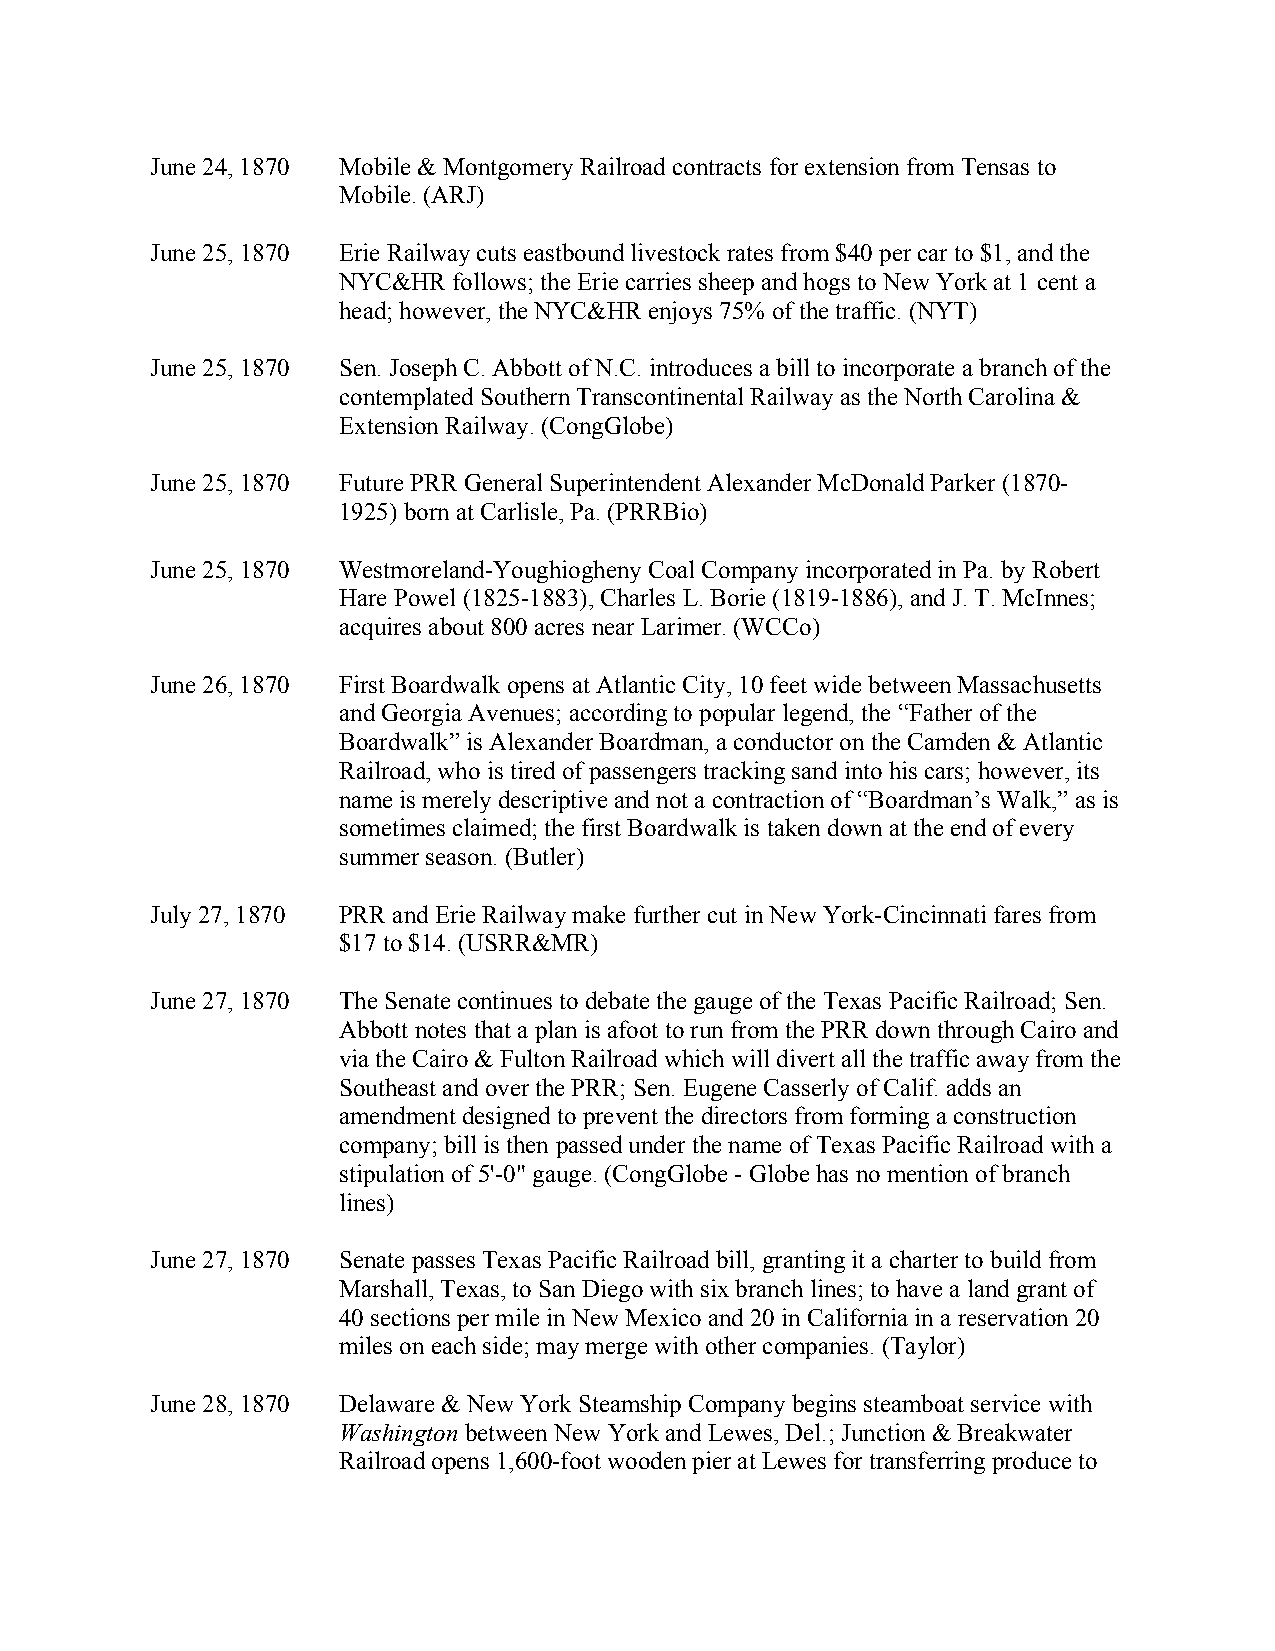
June 24, 1870 Mobile & Montgomery Railroad contracts for extension from Tensas to
 Mobile. (ARJ)
 June 25, 1870 Erie Railway cuts eastbound livestock rates from $40 per car to $1, and the
 NYC&HR  follows; the Erie carries sheep and hogs to New York at 1 cent a
 head; however, the NYC&HR enjoys 75% of the traffic. (NYT)
 June 25, 1870 Sen. Joseph C. Abbott of N.C. introduces a bill to incorporate a branch of the
 contemplated Southern Transcontinental Railway as the North Carolina &
 Extension Railway. (CongGlobe)
 June 25, 1870 Future PRR General Superintendent Alexander McDonald Parker (1870-
 1925) born at Carlisle, Pa. (PRRBio)
 June 25, 1870 Westmoreland-Youghiogheny Coal Company incorporated in Pa. by Robert
 Hare Powel (1825-1883), Charles L. Borie (1819-1886), and J. T. McInnes;
 acquires about 800 acres near Larimer. (WCCo)
 June 26, 1870 First Boardwalk opens at Atlantic City, 10 feet wide between Massachusetts
 and Georgia Avenues; according to popular legend, the “Father of the
 Boardwalk” is Alexander Boardman, a conductor on the Camden & Atlantic
 Railroad, who is tired of passengers tracking sand into his cars; however, its
 name is merely descriptive and not a contraction of “Boardman’s Walk,” as is
 sometimes claimed; the first Boardwalk is taken down at the end of every
 summer season. (Butler)
 July 27, 1870 PRR and Erie Railway make further cut in New York-Cincinnati fares from
 $17 to $14. (USRR&MR)
 June 27, 1870 The Senate continues to debate the gauge of the Texas Pacific Railroad; Sen.
 Abbott notes that a plan is afoot to run from the PRR down through Cairo and
 via the Cairo & Fulton Railroad which will divert all the traffic away from the
 Southeast and over the PRR; Sen. Eugene Casserly of Calif. adds an
 amendment designed to prevent the directors from forming a construction
 company; bill is then passed under the name of Texas Pacific Railroad with a
 stipulation of 5'-0" gauge. (CongGlobe - Globe has no mention of branch
 lines)
 June 27, 1870 Senate passes Texas Pacific Railroad bill, granting it a charter to build from
 Marshall, Texas, to San Diego with six branch lines; to have a land grant of
 40 sections per mile in New Mexico and 20 in California in a reservation 20
 miles on each side; may merge with other companies. (Taylor)
 June 28, 1870 Delaware & New York Steamship Company begins steamboat service with
 Washington between New York and Lewes, Del.; Junction & Breakwater
 Railroad opens 1,600-foot wooden pier at Lewes for transferring produce to